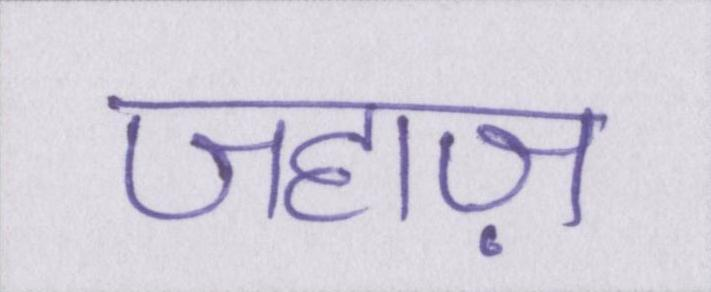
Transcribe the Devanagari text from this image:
जहाज़